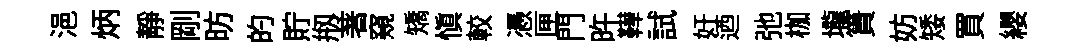
浥炳靜剛昉的貯剏著窺矯慎較慿匣門旿鞾試奸迺弛枷壠簣妨矮買纓